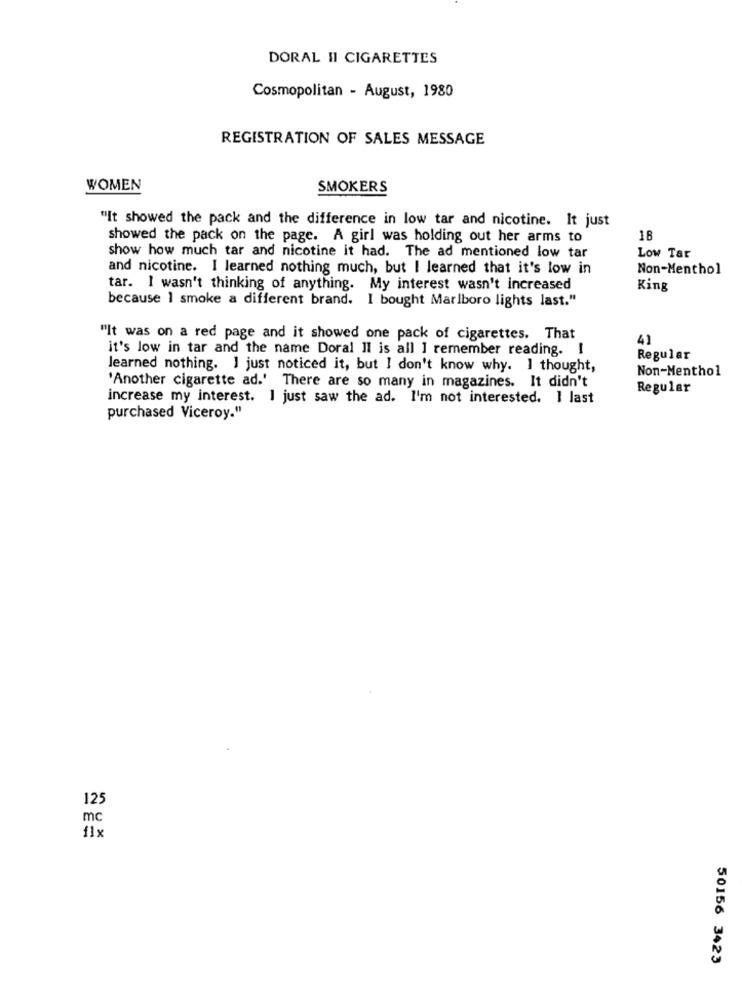
DORAL II CIGARETTES
Cosmopolitan - August, 1980
REGISTRATION OF SALES MESSAGE
WOMEN
SMOKERS
"It showed the pack and the difference in low tar and nicotine. It just
showed the pack on the page. A girl was holding out her arms to
18
show how much tar and nicotine it had. The ad mentioned low tar
Low Tar
and nicotine. I learned nothing much, but I learned that it's low in
Non-Menthol
tar. I wasn't thinking of anything. My interest wasn't increased
King
because I smoke a different brand. I bought Marlboro lights last."
"It was on a red page and it showed one pack of cigarettes. That
41
it's low in tar and the name Doral Il is all I remember reading. I
Regular
learned nothing. I just noticed it, but I don't know why. I thought,
Non-Menthol
'Another cigarette ad.' There are so many in magazines. It didn't
Regular
increase my interest. I just saw the ad. I'm not interested. I last
purchased Viceroy."
125
mc
50156 3423